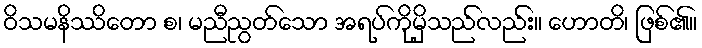
ဝိသမနိဿိတော စ၊ မညီညွတ်သော အရပ်ကိုမှိသည်လည်း။ ဟောတိ၊ ဖြစ်၏။